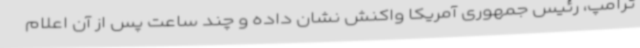
ترامپ، رئیس جمهوری آمریکا واکنش نشان داده و چند ساعت پس از آن اعلام